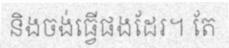
និងចង់ធ្វើផងដែរ។ តែ